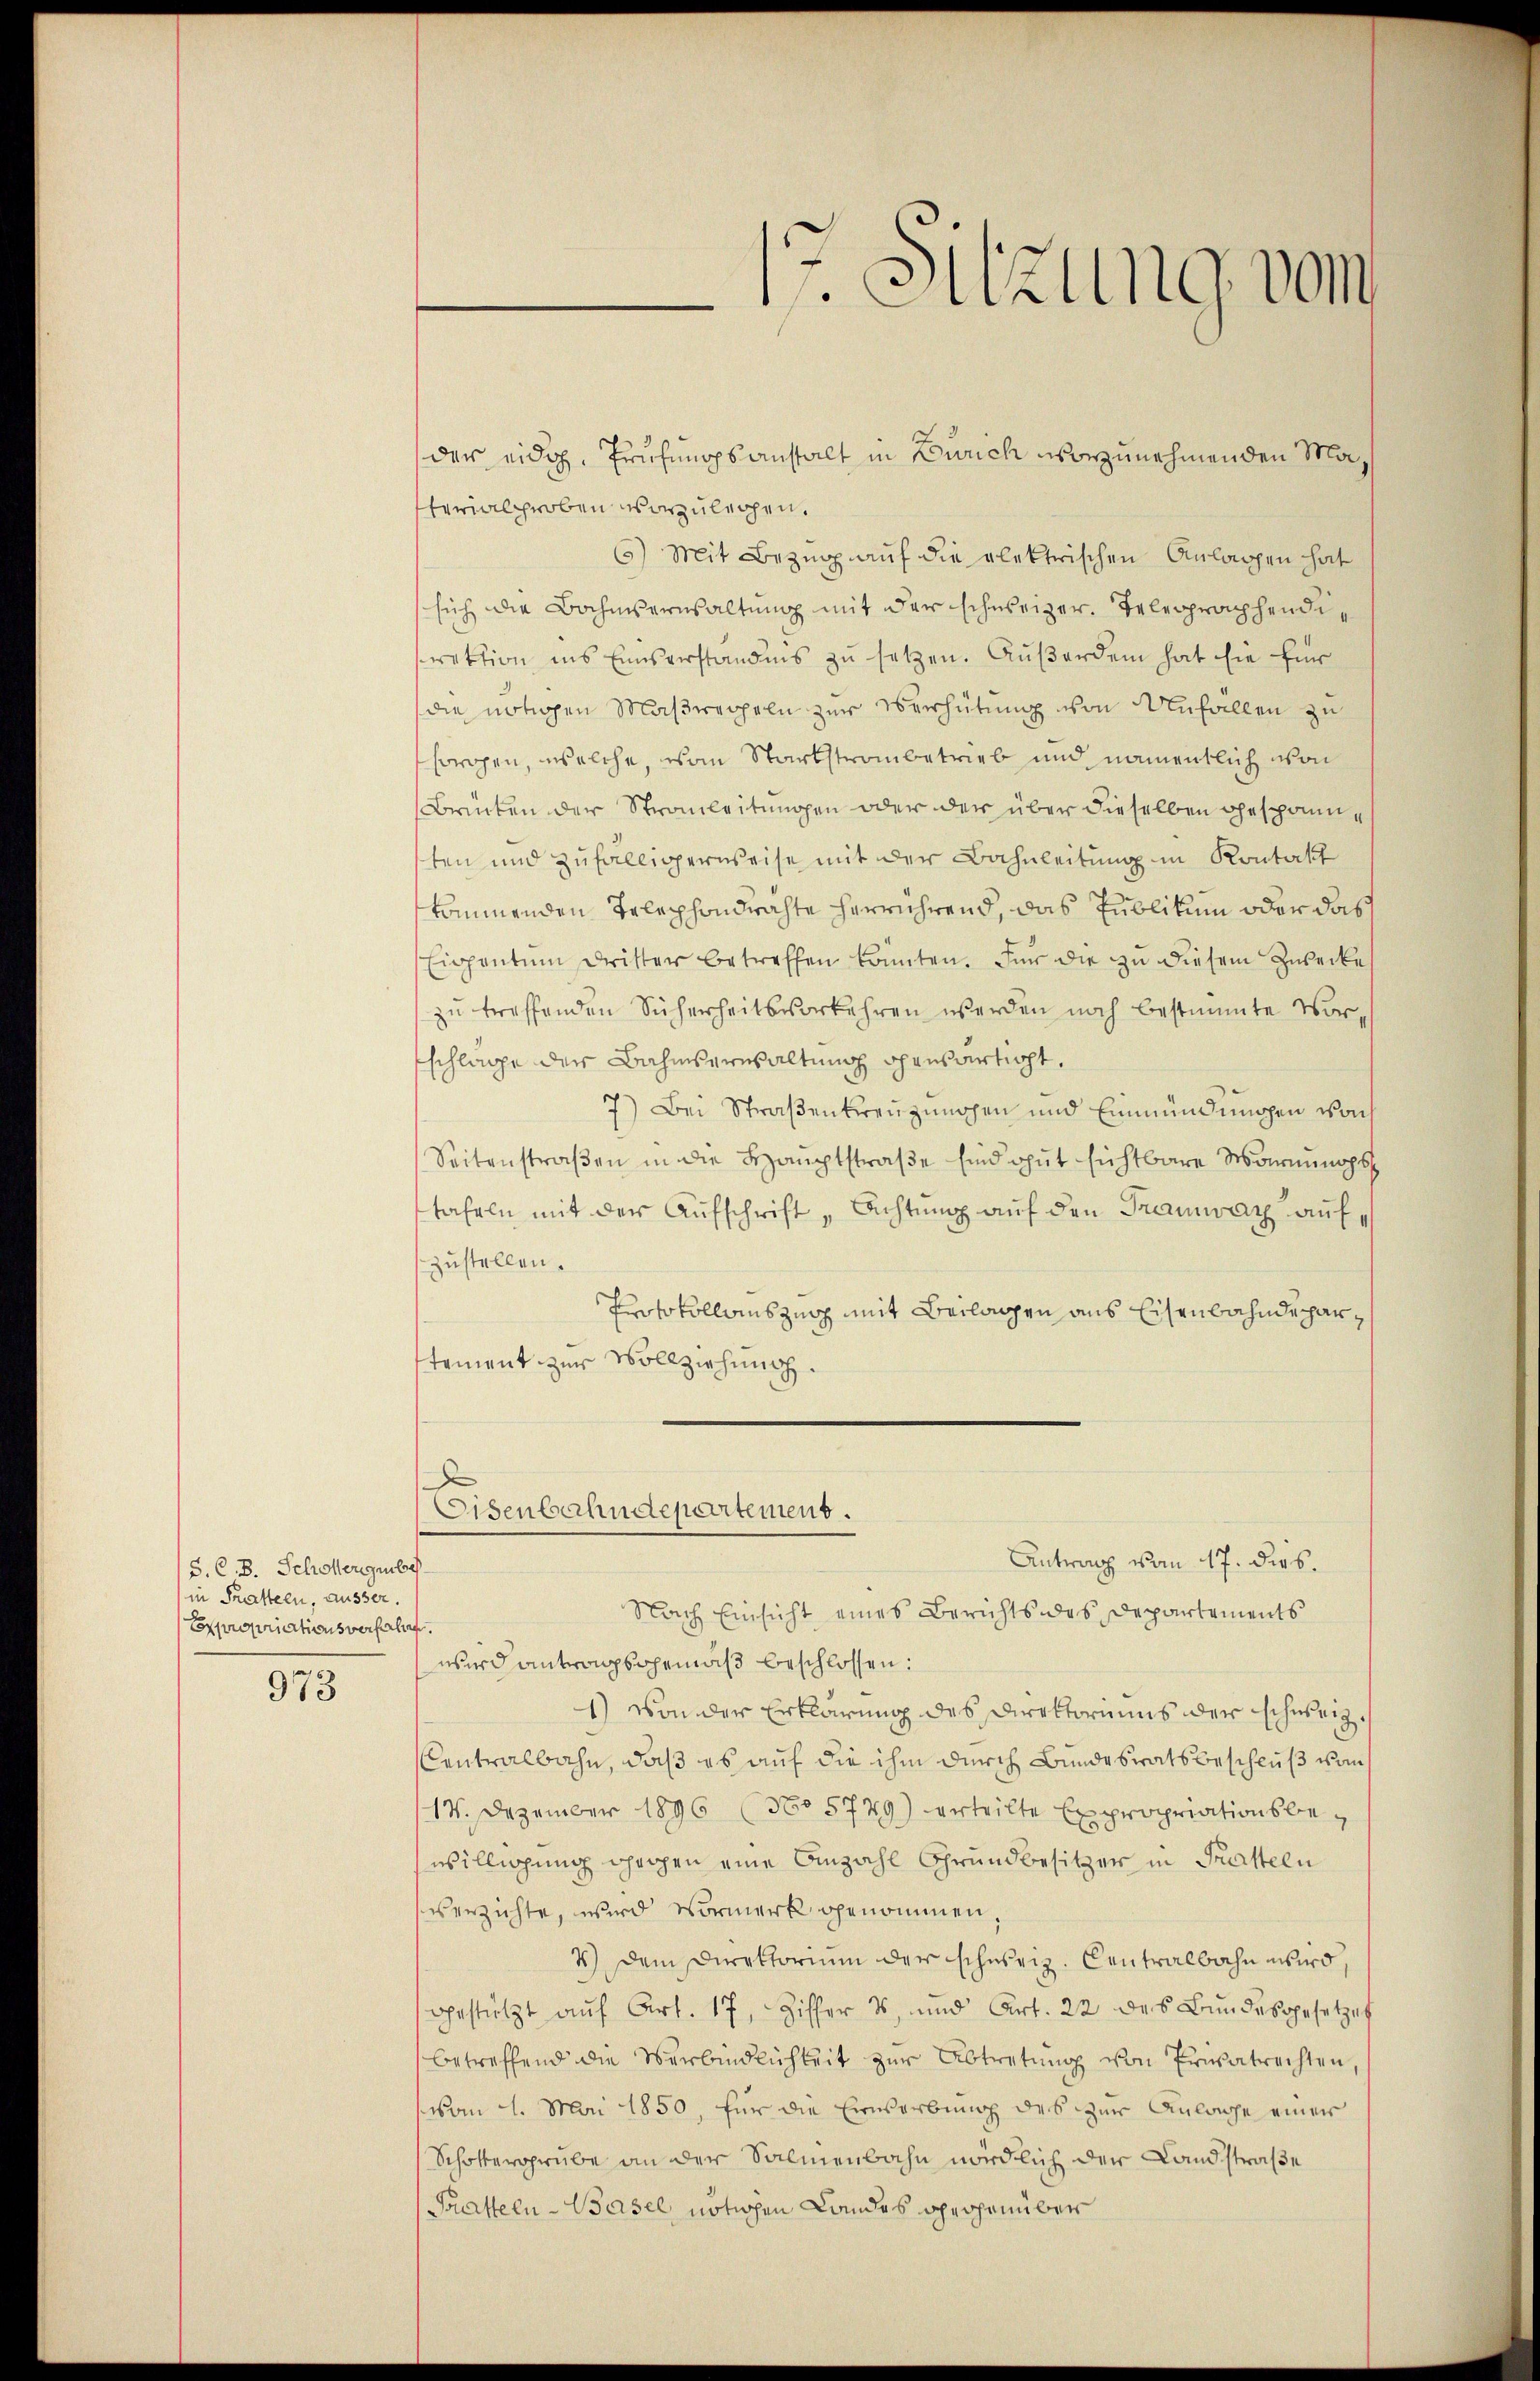
S. C. B. Schönergebe
in Tratten, äusser.
Expropriationsverfall

973

der eidg. Prüfenopsanstalt in Zürich vorzunehmenden Materialproben vorzulegen.
6) Mit Bezug auf die elektrischen Anlagen hat
sich die Bahnverwaltung mit der schweizer. Telegraphendirektion ins Einserständnis zu setzen. Außerdem hat sie für
die nötigen Maßregeln zur Verhütung von Unfallen zu
sorgen, welche, von Starkstraubetrieb und namentlich von
Brücken der Strauleitungen oder der über dieselben gespannsten und Zufälligerweise mit der Bahnleitung in Kontakt
kommenden Telephondrahte herrührend, das Publikum oder das
Eigentum dritter betreffen könnten. Für die zu diesem Zwecke
zu treffenden Sicherheitsvorkehren werden noch bestimmte Vorschlage der Bahmserwaltung chansartigt.
7.) Bei Straßenkreuzungen und Einmündungen woh
Seitenstraßen in die Hauptstraße sind gut sichtbare Mannungs
tafeln mit der Aufschrift „Achtung auf den Traunrath auf
zustellen.
Protokollauszug mit Beilagen aus Eisenbahndeparstement zur Vollziehung.
Eisenbahndepartement.
Antrag vom 17. dies.
Nach Einsicht eines Berichts des Departements
f.
wird antragsgemäß beschlossen:
1) von der Erklärung des Direktoriums der schweiz.
Centralbahn, daß es auf die ihm durch Bundesratsbeschluß vom
14. Dezember 1896 (No 5729) erteilte Expropriationsbewilligung großen eine Anzahl Grundbesitzer in Prasteln
verzichte, wird Vormerk genommen.
4) Dem Direktorium der schweiz. Centralbahn wird,
gestützt auf Art. 17, Ziffer 1, und Art. 22 des Bundesgesetze
betreffend die Verbindlichkeit zur Abtretŭng von Privatrechten,
(vom 1. Mai 1850, für die Erwerbung des zur Anlage einer
Schottergrube an der Salmenbahn nördlich der Landstraße
Pratteln-Basel, nötigen Landes gegenüber

tr. Sitzung vom